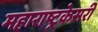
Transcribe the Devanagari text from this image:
महाराष्ट्रकेसरी